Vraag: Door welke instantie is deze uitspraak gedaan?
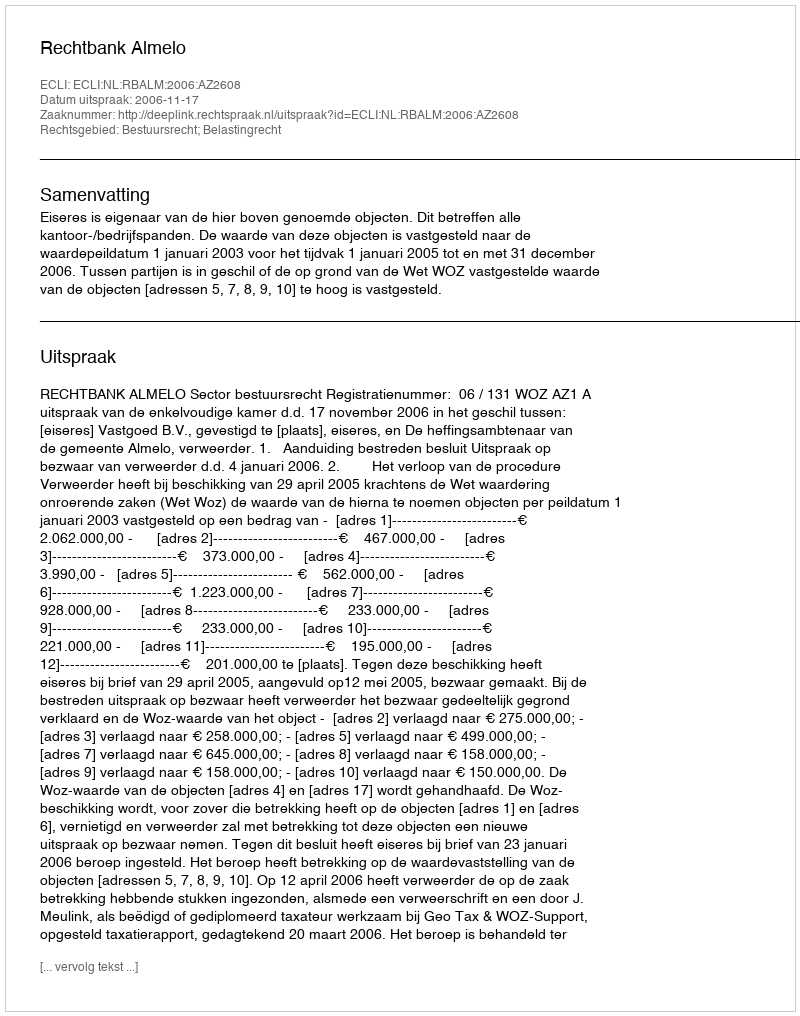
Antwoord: Rechtbank Almelo